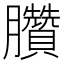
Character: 臢